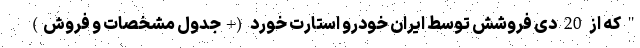
" که از 20 دی فروشش توسط ایران خودرو استارت خورد (+جدول مشخصات و فروش)